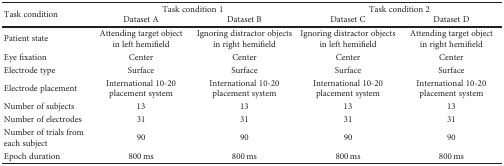
| <ROWSPAN=2> Task condition | <COLSPAN=2> Task condition 1 | <COLSPAN=2> Task condition 2 |
 | Dataset A | Dataset B | Dataset C | Dataset D |
 | --- | --- | --- | --- | --- |
 | Patient state | Attending target object in left hemifield | Ignoring distractor objects in right hemifield | Ignoring distractor objects in left hemifield | Attending target object in right hemifield |
 | Eye fixation | Center | Center | Center | Center |
 | Electrode type | Surface | Surface | Surface | Surface |
 | Electrode placement | International 10-20 placement system | International 10-20 placement system | International 10-20 placement system | International 10-20 placement system |
 | Number of subjects | 13 | 13 | 13 | 13 |
 | Number of electrodes | 31 | 31 | 31 | 31 |
 | Number of trials from each subject | 90 | 90 | 90 | 90 |
 | Epoch duration | 800 ms | 800 ms | 800 ms | 800 ms |